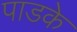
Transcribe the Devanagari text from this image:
पाडके